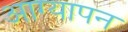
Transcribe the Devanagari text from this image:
आग्यापन